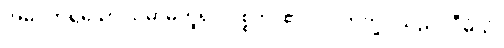
အဓိပတိရှိသော သမာဓိဟူ၍။ ဝုစ္စတိ၊ ၏။ ပ။ ဘိက္ခု၊ သည်။ ဝီမံသံ၊